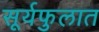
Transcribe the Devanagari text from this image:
सूर्यफुलात